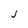
Character: J